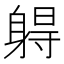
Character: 𰸾